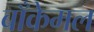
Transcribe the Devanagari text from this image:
बाँकेमल